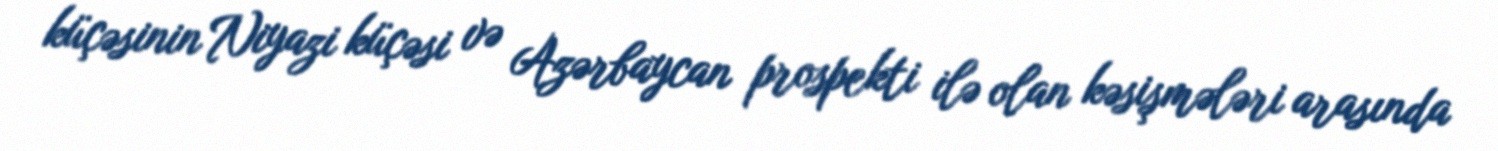
küçəsinin Niyazi küçəsi və Azərbaycan prospekti ilə olan kəsişmələri arasında